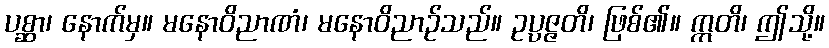
ပစ္ဆာ၊ နောက်မှ။ မနောဝိညာဏံ၊ မနောဝိညာဉ်သည်။ ဥပ္ပဇ္ဇတိ၊ ဖြစ်၏။ ဣတိ၊ ဤသို့။